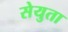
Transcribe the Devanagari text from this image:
सेयुता